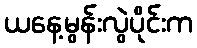
ယနေ့မွန်းလွဲပိုင်းက